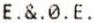
E.&.0.E.